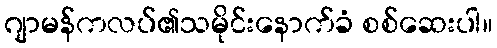
ဂျာမန်ကလပ်၏သမိုင်းနောက်ခံ စစ်ဆေးပါ။